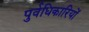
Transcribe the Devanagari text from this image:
पुर्वधिकारियों